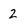
Character: 2